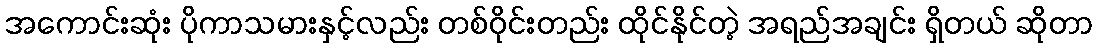
အကောင်းဆုံး ပိုကာသမားနှင့်လည်း တစ်ဝိုင်းတည်း ထိုင်နိုင်တဲ့ အရည်အချင်း ရှိတယ် ဆိုတာ